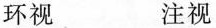
环视 注视